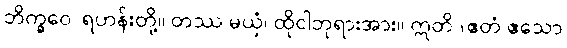
ဘိက္ခဝေ၊ ရဟန်းတို့။ တဿ မယှံ၊ ထိုငါဘုရားအား။ ဣတိ (ဧတံ ဧသော